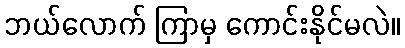
ဘယ်လောက် ကြာမှ ကောင်းနိုင်မလဲ။